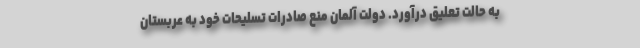
به حالت تعلیق درآورد. دولت آلمان منع صادرات تسلیحات خود به عربستان